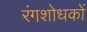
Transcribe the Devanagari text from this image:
रंगशोधकों